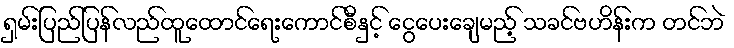
ရှမ်းပြည်ပြန်လည်ထူထောင်ရေးကောင်စီနှင့် ငွေပေးချေမည့် သခင်ဗဟိန်းက တင်ဘဲ